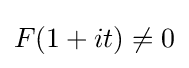
{\textstyle F(1+it)\neq 0}